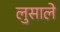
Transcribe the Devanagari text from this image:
लुसाले